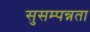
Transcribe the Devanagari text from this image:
सुसम्पन्नता